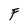
Character: F